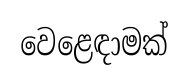
වෙළෙඳාමක්